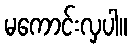
မကောင်းလှပါ။